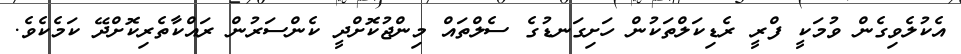
އެކުލެވިގެން ވުމަކީ ފްރީ ރެޑިކަލްތަކުން ހަށިގަނޑުގެ ސެލްތައް މިންޖުކޮށްދީ ކެންސަރުން ރައްކާތެރިކޮށްދޭ ކަމެކެވެ.